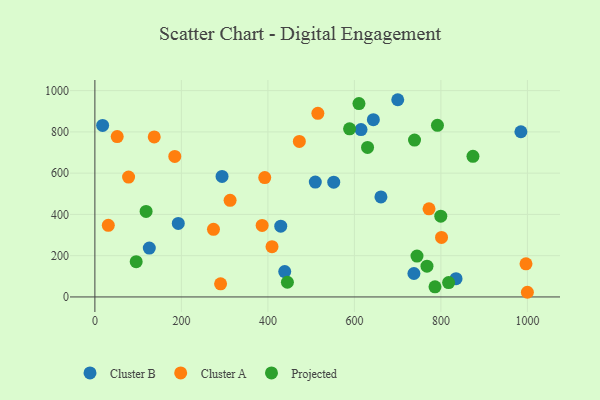
{"axis": {"x": "Speed", "y": "Demand"}, "legend": ["Cluster A", "Cluster B", "Projected"], "data": [{"x": "737.6", "y": 113.5, "type": "Cluster B"}, {"x": "125.8", "y": 236.9, "type": "Cluster B"}, {"x": "552.2", "y": 556.1, "type": "Cluster B"}, {"x": "643.8", "y": 859.1, "type": "Cluster B"}, {"x": "192.8", "y": 356.3, "type": "Cluster B"}, {"x": "509.6", "y": 556.9, "type": "Cluster B"}, {"x": "438.9", "y": 122.8, "type": "Cluster B"}, {"x": "615.3", "y": 811.4, "type": "Cluster B"}, {"x": "700.2", "y": 955.9, "type": "Cluster B"}, {"x": "661.3", "y": 484.7, "type": "Cluster B"}, {"x": "429.7", "y": 343.0, "type": "Cluster B"}, {"x": "17.9", "y": 831.2, "type": "Cluster B"}, {"x": "984.9", "y": 800.7, "type": "Cluster B"}, {"x": "294.0", "y": 584.0, "type": "Cluster B"}, {"x": "835.0", "y": 88.3, "type": "Cluster B"}, {"x": "137.2", "y": 775.5, "type": "Cluster A"}, {"x": "999.9", "y": 22.6, "type": "Cluster A"}, {"x": "77.9", "y": 580.9, "type": "Cluster A"}, {"x": "274.2", "y": 327.7, "type": "Cluster A"}, {"x": "51.6", "y": 777.4, "type": "Cluster A"}, {"x": "515.5", "y": 889.9, "type": "Cluster A"}, {"x": "392.7", "y": 578.4, "type": "Cluster A"}, {"x": "386.7", "y": 346.4, "type": "Cluster A"}, {"x": "996.7", "y": 160.3, "type": "Cluster A"}, {"x": "312.6", "y": 468.3, "type": "Cluster A"}, {"x": "184.7", "y": 681.3, "type": "Cluster A"}, {"x": "290.6", "y": 63.7, "type": "Cluster A"}, {"x": "409.5", "y": 243.6, "type": "Cluster A"}, {"x": "31.0", "y": 347.3, "type": "Cluster A"}, {"x": "772.5", "y": 427.2, "type": "Cluster A"}, {"x": "801.4", "y": 288.7, "type": "Cluster A"}, {"x": "472.7", "y": 753.7, "type": "Cluster A"}, {"x": "767.8", "y": 149.2, "type": "Projected"}, {"x": "786.3", "y": 48.8, "type": "Projected"}, {"x": "610.5", "y": 937.4, "type": "Projected"}, {"x": "792.0", "y": 831.8, "type": "Projected"}, {"x": "445.1", "y": 71.3, "type": "Projected"}, {"x": "744.7", "y": 198.1, "type": "Projected"}, {"x": "118.4", "y": 414.5, "type": "Projected"}, {"x": "95.5", "y": 171.0, "type": "Projected"}, {"x": "588.8", "y": 814.9, "type": "Projected"}, {"x": "874.1", "y": 681.4, "type": "Projected"}, {"x": "799.7", "y": 391.3, "type": "Projected"}, {"x": "630.4", "y": 724.9, "type": "Projected"}, {"x": "739.0", "y": 760.2, "type": "Projected"}, {"x": "817.8", "y": 69.5, "type": "Projected"}]}